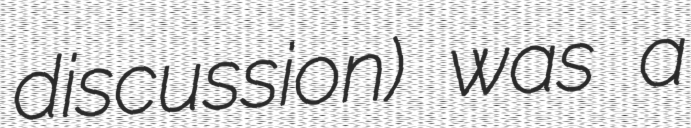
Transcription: discussion) was a